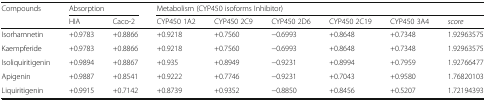
<table><thead><tr><td rowspan="2"><b>Compounds</b></td><td colspan="2"><b>Absorption</b></td><td colspan="6"><b>Metabolism (CYP450 isoforms Inhibitor)</b></td></tr><tr><td><b>HIA</b></td><td><b>Caco-2</b></td><td><b>CYP450 1A2</b></td><td><b>CYP450 2C9</b></td><td><b>CYP450 2D6</b></td><td><b>CYP450 2C19</b></td><td><b>CYP450 3A4</b></td><td><b><i>score</i></b></td></tr></thead><tbody><tr><td>Isorhamnetin</td><td>+0.9783</td><td>+0.8866</td><td>+0.9218</td><td>+0.7560</td><td>−0.6993</td><td>+0.8648</td><td>+0.7348</td><td>1.92963575</td></tr><tr><td>Kaempferide</td><td>+0.9783</td><td>+0.8866</td><td>+0.9218</td><td>+0.7560</td><td>−0.6993</td><td>+0.8648</td><td>+0.7348</td><td>1.92963575</td></tr><tr><td>Isoliquiritigenin</td><td>+0.9894</td><td>+0.8867</td><td>+0.935</td><td>+0.8949</td><td>−0.9231</td><td>+0.8994</td><td>+0.7959</td><td>1.92766477</td></tr><tr><td>Apigenin</td><td>+0.9887</td><td>+0.8541</td><td>+0.9222</td><td>+0.7746</td><td>−0.9231</td><td>+0.7043</td><td>+0.9580</td><td>1.76820103</td></tr><tr><td>Liquiritigenin</td><td>+0.9915</td><td>+0.7142</td><td>+0.8739</td><td>+0.9352</td><td>−0.8850</td><td>+0.8456</td><td>+0.5207</td><td>1.72194393</td></tr></tbody></table>